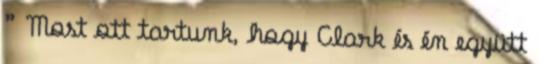
” Most ott tartunk, hogy Clark és én együtt